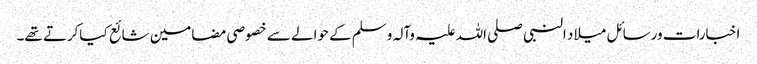
اخبارات ورسائل میلاد النبی صلی اللہ علیہ وآلہ وسلم کے حوالے سے خصوصی مضامین شائع کیاکرتے تھے۔